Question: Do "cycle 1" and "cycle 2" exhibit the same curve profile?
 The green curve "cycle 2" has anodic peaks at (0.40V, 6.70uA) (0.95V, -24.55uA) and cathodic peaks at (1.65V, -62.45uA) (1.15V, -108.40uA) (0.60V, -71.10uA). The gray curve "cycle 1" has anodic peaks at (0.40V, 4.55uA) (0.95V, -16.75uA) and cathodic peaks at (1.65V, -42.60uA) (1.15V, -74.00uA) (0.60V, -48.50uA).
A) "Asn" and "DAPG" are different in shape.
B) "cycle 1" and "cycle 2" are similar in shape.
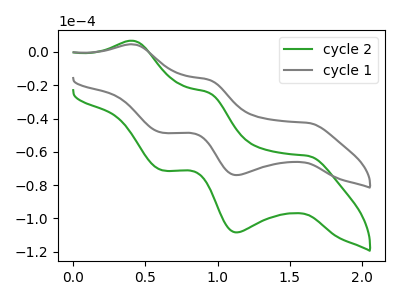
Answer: <think>All the peaks in "cycle 1" have a peak in "cycle 2" at the same potential.
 </think>
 <answer>B) "cycle 1" and "cycle 2" are similar in shape.</answer>
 <eval>B</eval>